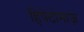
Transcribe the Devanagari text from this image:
हिपेटोमाज़